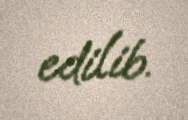
edilib.